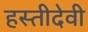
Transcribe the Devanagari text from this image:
हस्तीदेवी